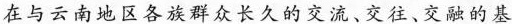
在与云南地区各族群众长久的交流、交往、交融的基